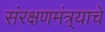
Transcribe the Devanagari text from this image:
संरक्षणमंत्र्याचे